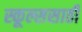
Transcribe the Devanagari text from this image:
स्कूल्ससाठी